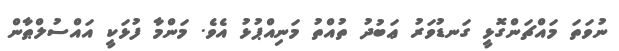
ނުވަތަ މައްޗަންގޮޅީ ގަނޑުވަރު ޢަބުދު ތުއްތު މަނިއްޕުޅު އެވެ. މަންމާ ފުޅަކީ އައްސުލްޠާން